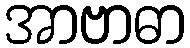
အာဗာဓာ